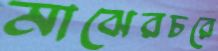
মাঝেরচরে